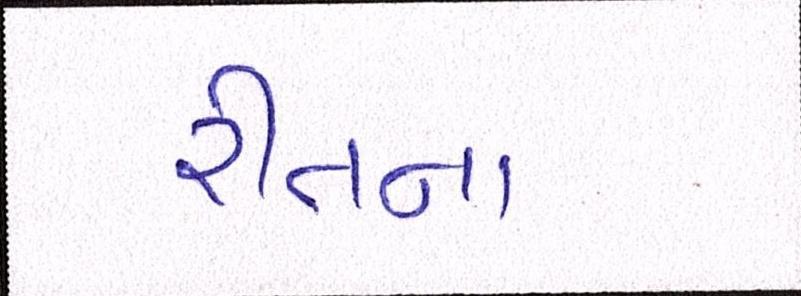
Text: રીતના